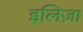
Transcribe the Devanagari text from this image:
इलिज़ा